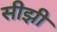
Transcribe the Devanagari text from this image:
सीझी